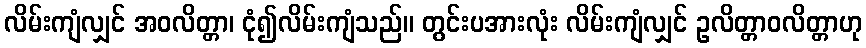
လိမ်းကျံလျှင် အဝလိတ္တာ၊ ငုံ၍လိမ်းကျံသည်။ တွင်းပအားလုံး လိမ်းကျံလျှင် ဥလိတ္တာဝလိတ္တာဟု